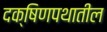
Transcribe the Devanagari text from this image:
दक्षिणपथातील